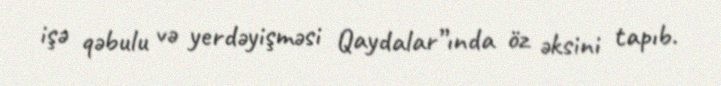
işə qəbulu və yerdəyişməsi Qaydalar”ında öz əksini tapıb.